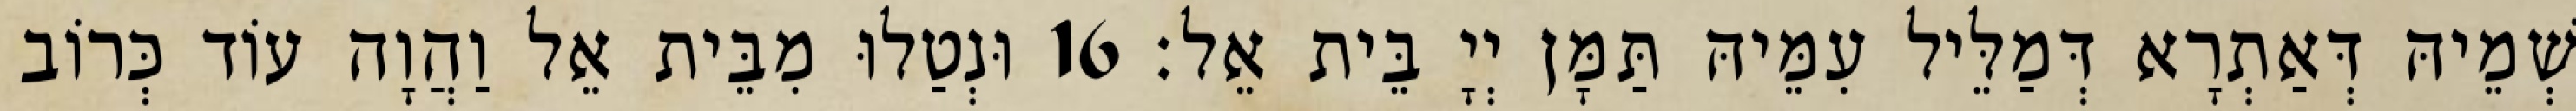
שְׁמֵיהּ דְּאַתְרָא דְּמַלֵּיל עִמֵּיהּ תַּמָּן יְיָ בֵּית אֵל׃ 16 וּנְטַלוּ מִבֵּית אֵל וַהֲוָה עוֹד כְּרוֹב